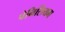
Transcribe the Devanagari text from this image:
पेनिसियम